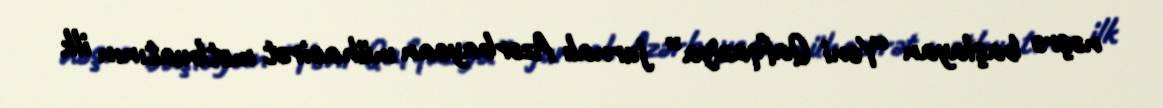
nəşrə başlayan “Yeni Qafqaziya” jurnalı Azərbaycan mühacirət mətbuatının ilk